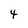
Character: 4